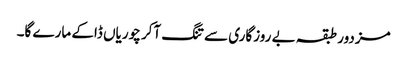
مزدور طبقہ بے روزگاری سے تنگ آکر چوریاں ڈاکے مارے گا۔